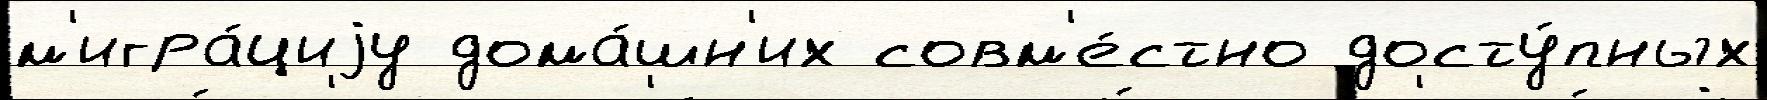
м'игра́циjу дома́шн'их совм'е́стно досту́пных